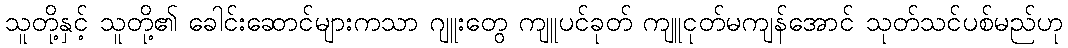
သူတို့နှင့် သူတို့၏ ခေါင်းဆောင်များကသာ ဂျူးတွေ ကျူပင်ခုတ် ကျူငုတ်မကျန်အောင် သုတ်သင်ပစ်မည်ဟု